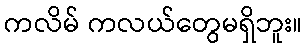
ကလိမ် ကလယ်တွေမရှိဘူး။